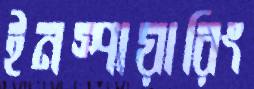
ইনস্পায়ারিং